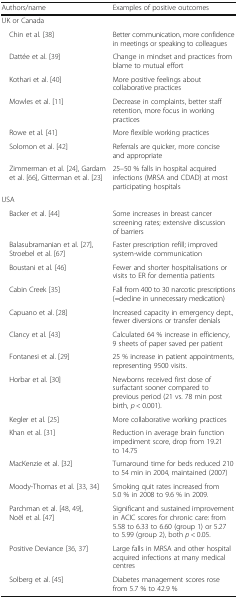
<table><thead><tr><td><b>Authors/name</b></td><td><b>Examples of positive outcomes</b></td></tr></thead><tbody><tr><td colspan="2">UK or Canada</td></tr><tr><td> Chin et al. [38]</td><td>Better communication, more confidence in meetings or speaking to colleagues</td></tr><tr><td> Dattée et al. [39]</td><td>Change in mindset and practices from blame to mutual effort</td></tr><tr><td> Kothari et al. [40]</td><td>More positive feelings about collaborative practices</td></tr><tr><td> Mowles et al. [11]</td><td>Decrease in complaints, better staff retention, more focus in working practices</td></tr><tr><td> Rowe et al. [41]</td><td>More flexible working practices</td></tr><tr><td> Solomon et al. [42]</td><td>Referrals are quicker, more concise and appropriate</td></tr><tr><td> Zimmerman et al. [24], Gardam et al. [66], Gitterman et al. [23]</td><td>25–50 % falls in hospital acquired infections (MRSA and CDAD) at most participating hospitals</td></tr><tr><td colspan="2">USA</td></tr><tr><td> Backer et al. [44]</td><td>Some increases in breast cancer screening rates; extensive discussion of barriers</td></tr><tr><td> Balasubramanian et al. [27], Stroebel et al. [67]</td><td>Faster prescription refill; improved system-wide communication</td></tr><tr><td> Boustani et al. [46]</td><td>Fewer and shorter hospitalisations or visits to ER for dementia patients</td></tr><tr><td> Cabin Creek [35]</td><td>Fall from 400 to 30 narcotic prescriptions (=decline in unnecessary medication)</td></tr><tr><td> Capuano et al. [28]</td><td>Increased capacity in emergency dept., fewer diversions or transfer denials</td></tr><tr><td> Clancy et al. [43]</td><td>Calculated 64 % increase in efficiency, 9 sheets of paper saved per patient</td></tr><tr><td> Fontanesi et al. [29]</td><td>25 % increase in patient appointments, representing 9500 visits.</td></tr><tr><td> Horbar et al. [30]</td><td>Newborns received first dose of surfactant sooner compared to previous period (21 vs. 78 min post birth, <i>p</i> &lt; 0.001).</td></tr><tr><td> Kegler et al. [25]</td><td>More collaborative working practices</td></tr><tr><td> Khan et al. [31]</td><td>Reduction in average brain function impediment score, drop from 19.21 to 14.75</td></tr><tr><td> MacKenzie et al. [32]</td><td>Turnaround time for beds reduced 210 to 54 min in 2004, maintained (2007)</td></tr><tr><td> Moody-Thomas et al. [33, 34]</td><td>Smoking quit rates increased from 5.0 % in 2008 to 9.6 % in 2009.</td></tr><tr><td> Parchman et al. [48, 49], Noël et al. [47]</td><td>Significant and sustained improvement in ACIC scores for chronic care: from 5.58 to 6.33 to 6.60 (group 1) or 5.27 to 5.99 (group 2), both <i>p</i> &lt; 0.05.</td></tr><tr><td> Positive Deviance [36, 37]</td><td>Large falls in MRSA and other hospital acquired infections at many medical centres</td></tr><tr><td> Solberg et al. [45]</td><td>Diabetes management scores rose from 5.7 % to 42.9 %</td></tr></tbody></table>